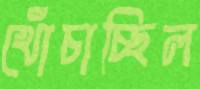
খোঁচাচ্ছিল